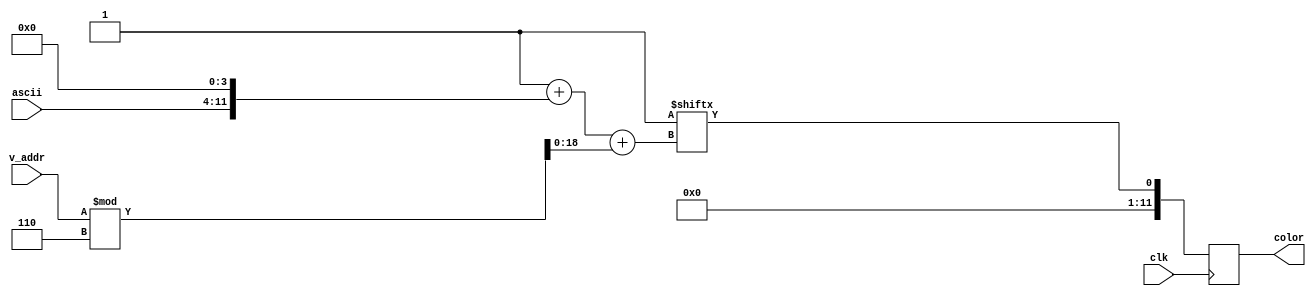
module process_pic(ascii,clk,color, v_addr);

input [7:0] ascii;
input [9:0] v_addr;
input clk;
output reg [11:0] color;
reg [18:0] addr;


always @(posedge clk)
	begin
		addr=1+(ascii<<4)+v_addr%6;
		color=vga[addr];
	end
	
endmodule